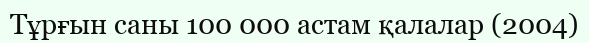
Тұрғын саны 100 000 астам қалалар (2004)